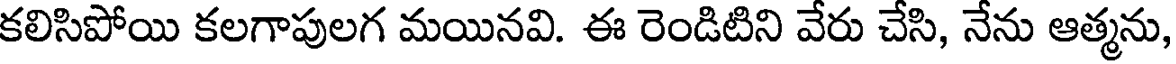
కలిసిపోయి కలగాపులగ మయినవి. ఈ రెండిటిని వేరు చేసి, నేను ఆత్మను,